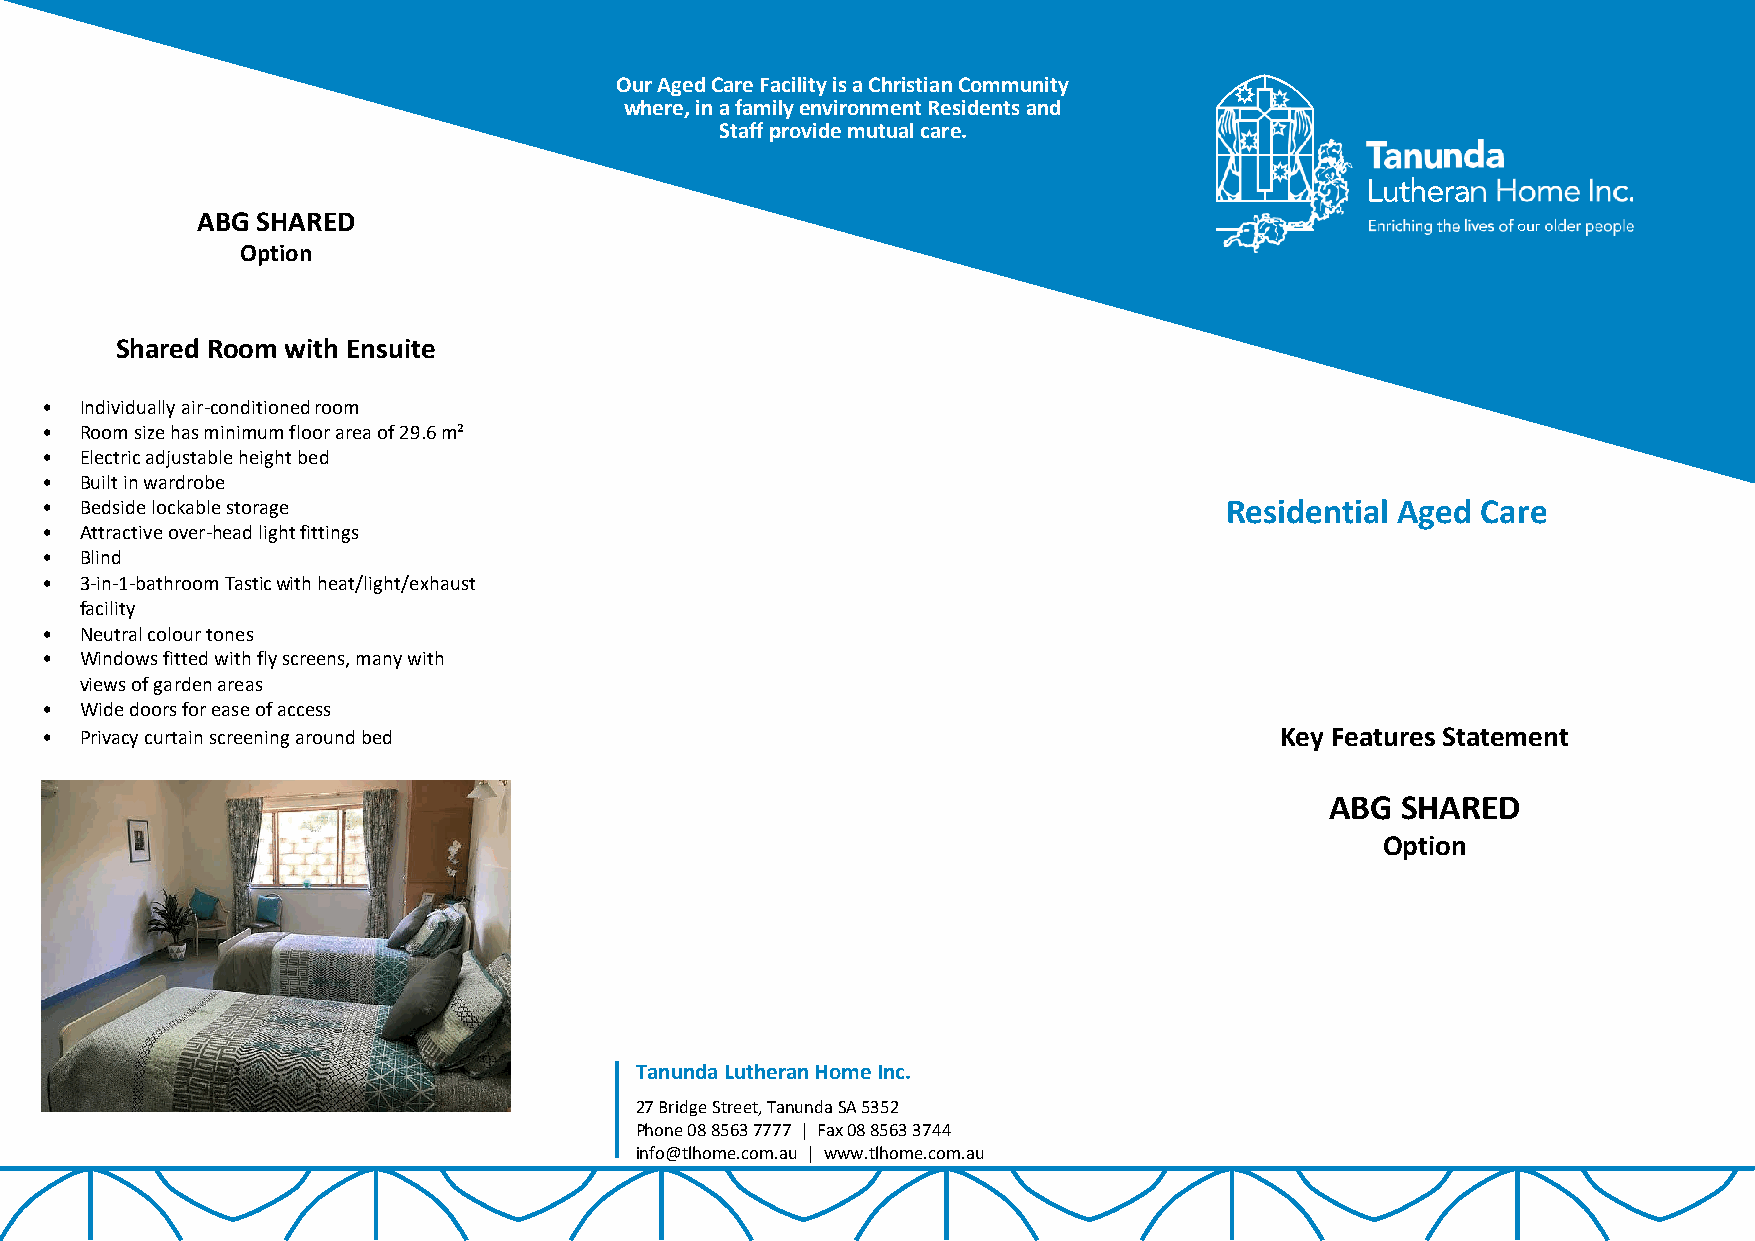
Our Aged Care Facility is a Christian Community
 where, in a family environment Residents and
 Staff provide mutual care.
 ABG SHARED
 Option
 Shared Room with Ensuite
 • Individually air-conditioned room
 • Room size has minimum floor area of 29.6 m²
 • Electric adjustable height bed
 • Built in wardrobe
 • Bedside lockable storage                                                    Residential Aged Care
 • Attractive over-head light fittings
 • Blind
 • 3-in-1-bathroom Tastic with heat/light/exhaust
 facility
 • Neutral colour tones
 • Windows fitted with fly screens, many with
 views of garden areas
 • Wide doors for ease of access
 • Privacy curtain screening around bed                                            Key Features Statement
 ABG  SHARED
 Option
 Tanunda Lutheran Home Inc.
 27 Bridge Street, Tanunda SA 5352
 Phone 08 8563 7777 | Fax 08 8563 3744
 info@tlhome.com.au | www.tlhome.com.au